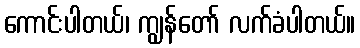
ကောင်းပါတယ်၊ ကျွန်တော် လက်ခံပါတယ်။